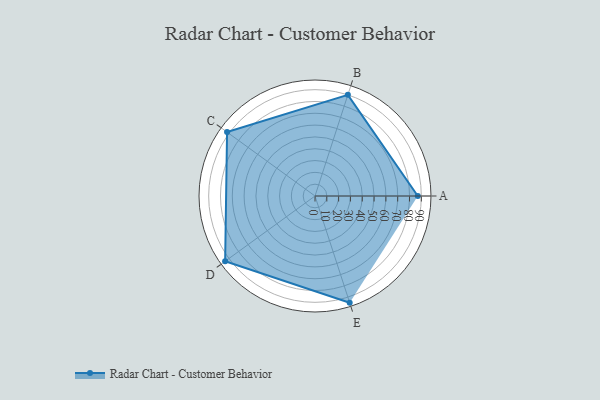
{"axis": {"x": "Skill", "y": "Score"}, "legend": ["Profile"], "data": [{"x": "A", "y": 87.0, "type": "Profile"}, {"x": "B", "y": 90.0, "type": "Profile"}, {"x": "C", "y": 92.0, "type": "Profile"}, {"x": "D", "y": 94.0, "type": "Profile"}, {"x": "E", "y": 95.0, "type": "Profile"}]}